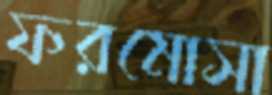
ফরমোসা